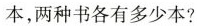
本，两种书各有多少本?